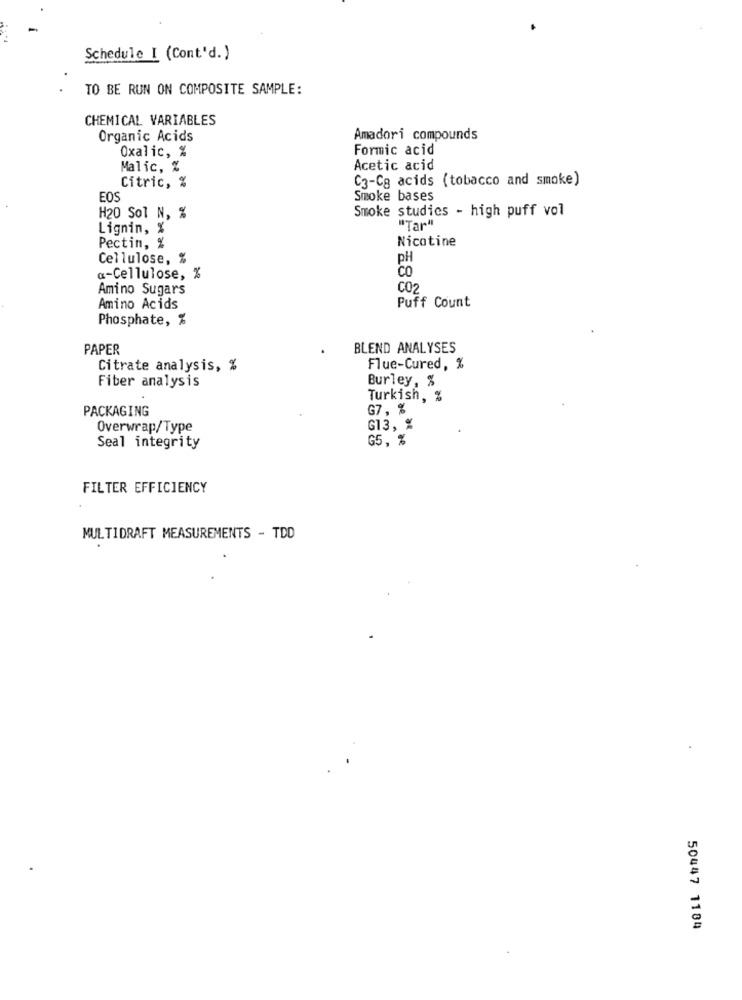
Schedule I (Cont'd. )
TO BE RUN ON COMPOSITE SAMPLE:
CHEMICAL VARIABLES
Organic Acids
Amadori compounds
Oxalic, %
Formic acid
Malic, %
Acetic acid
C3-Cg acids (tobacco and smoke)
Citric, %
EOS
Smoke bases
Smoke studics - high puff vol
H20 Sol N, %
Lignin, %
"Tar"
Nicotine
Pectin, %
Cellulose, %
PH
CO
a-Cellulose, %
Amino Sugars
CO
Puff Count
Amino Acids
Phosphate, %
PAPER
BLEND ANALYSES
Citrate analysis, %
Flue-Cured, %
Burley, %
Fiber analysis
Turkish, %
PACKAGING
G7, %
Overwrap/Type
G13, %
G5, %
Seal integrity
FILTER EFFICIENCY
MULTIDRAFT MEASUREMENTS - TDD
50447 1184